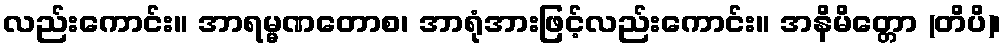
လည်းကောင်း။ အာရမ္မဏတောစ၊ အာရုံအားဖြင့်လည်းကောင်း။ အနိမိတ္တော (တိပိ)၊